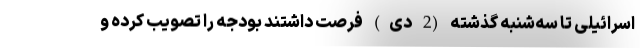
اسرائیلی تا سه‌شنبه گذشته (2 دی) فرصت داشتند بودجه را تصویب کرده و